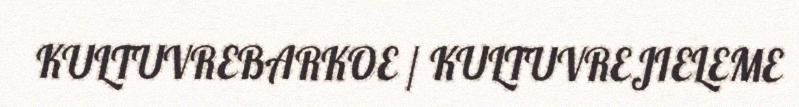
KULTUVREBARKOE / KULTUVREJIELEME